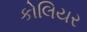
કોલિયર